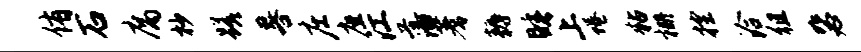
侑石腐杪蹉晷庄座江藩蓍耨睡上蜷粘栅控洽徂毖